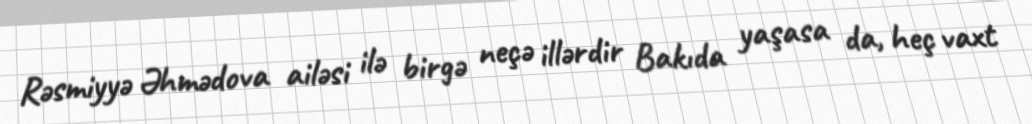
Rəsmiyyə Əhmədova ailəsi ilə birgə neçə illərdir Bakıda yaşasa da, heç vaxt